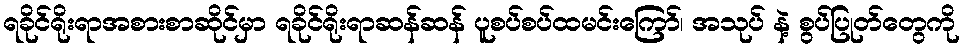
ရခိုင်ရိုးရာအစားစာဆိုင်မှာ ရခိုင်ရိုးရာဆန်ဆန် ပူစပ်စပ်ထမင်းကြော်၊ အသုပ် နဲ့ စွပ်ပြုတ်တွေကို